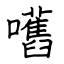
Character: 嚿